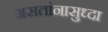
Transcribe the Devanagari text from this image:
असतांनासुध्दा